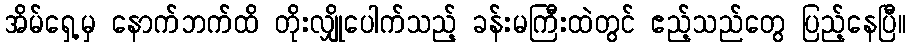
အိမ်ရှေ့မှ နောက်ဘက်ထိ တိုးလျှိုပေါက်သည့် ခန်းမကြီးထဲတွင် ဧည့်သည်တွေ ပြည့်နေပြီ။